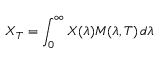
X _ { T } = \int _ { 0 } ^ { \infty } X ( \lambda ) M ( \lambda , T ) \, d \lambda